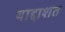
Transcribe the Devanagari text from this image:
याद्दाशत